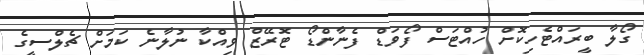
ގޯލާ ބީރައްޓެހިކޮށް ހުއްޓަސް ފޯވަޑް ފެނާންޑޯ ޓޮރޭޒް ވިއްކާ ނުލާނެ ކަމަށް ޗެލްސީގެ